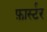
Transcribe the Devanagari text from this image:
फ़ार्स्टर